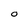
Character: O